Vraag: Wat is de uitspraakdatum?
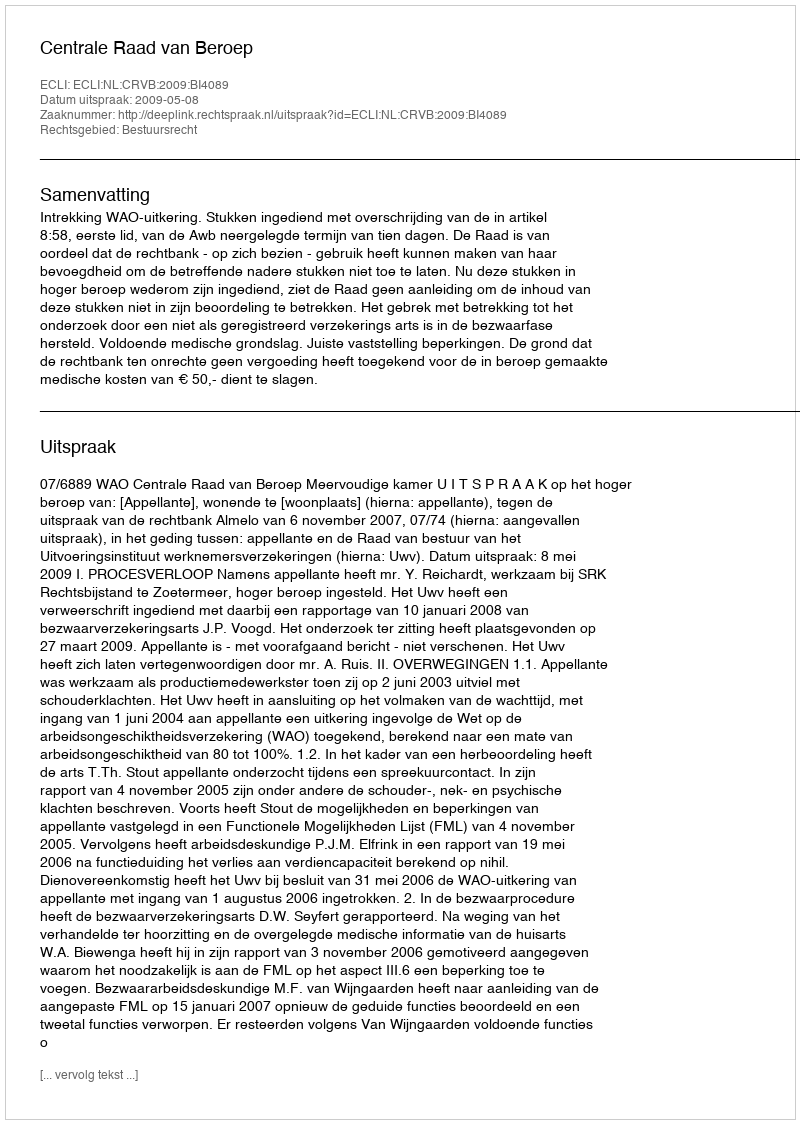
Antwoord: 2009-05-08